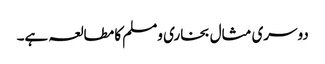
دوسری مثال بخاری ومسلم کا مطالعہ ہے۔